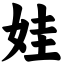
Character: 娃